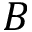
B